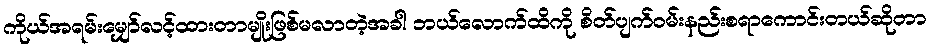
ကိုယ်အရမ်းမျှော်လင့်ထားတာမျိုးဖြစ်မလာတဲ့အခါ ဘယ်လောက်ထိကို စိတ်ပျက်ဝမ်းနည်းစရာကောင်းတယ်ဆိုတာ